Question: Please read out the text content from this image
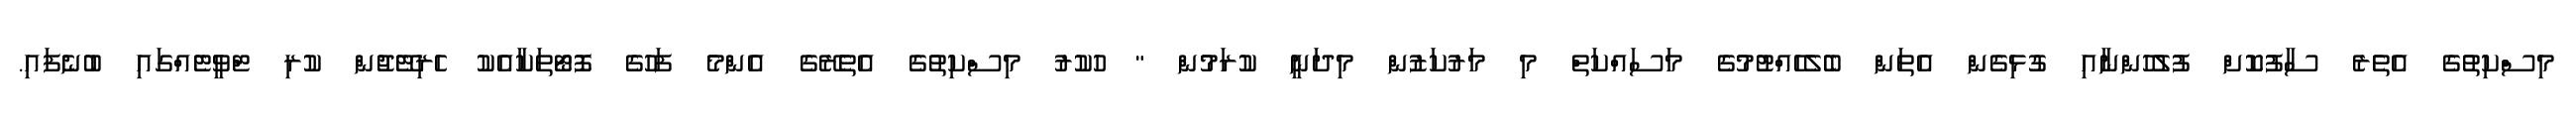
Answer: މިސްކިތުގެ އެތެރެ ސާފުކޮށް ފުލުހުންނާއި ގުޅިގެން އެތަން ބެލެހެއްޓުމުގެ މަސައްކަތް މި މަރުކަޒުން މިދަނީ ކުރަމުން " ހުކުރު މިސްކިތުގެ އެތެރޭގެ އެންމެ ފަހުގެ ފޮޓޯތަކާއެކު ހެރިޓޭޖުން ކުރި ޓްވީޓެއްގައި ބުނެފައި.